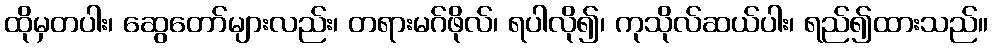
ထိုမှတပါး၊ ဆွေတော်များလည်း၊ တရားမဂ်ဖိုလ်၊ ရပါလို၍၊ ကုသိုလ်ဆယ်ပါး၊ ရည်၍ထားသည်။